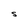
Character: S